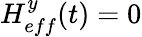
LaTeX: H_{eff}^{y}(t)=0